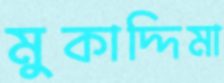
মুকাদ্দিমা